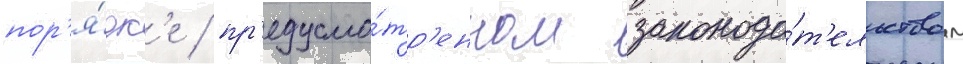
пор'я́дк'е / пр'едусмо́тр'енном законода́т'ельством